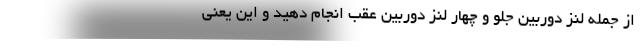
از جمله لنز دوربین جلو و چهار لنز دوربین عقب انجام دهید و این یعنی